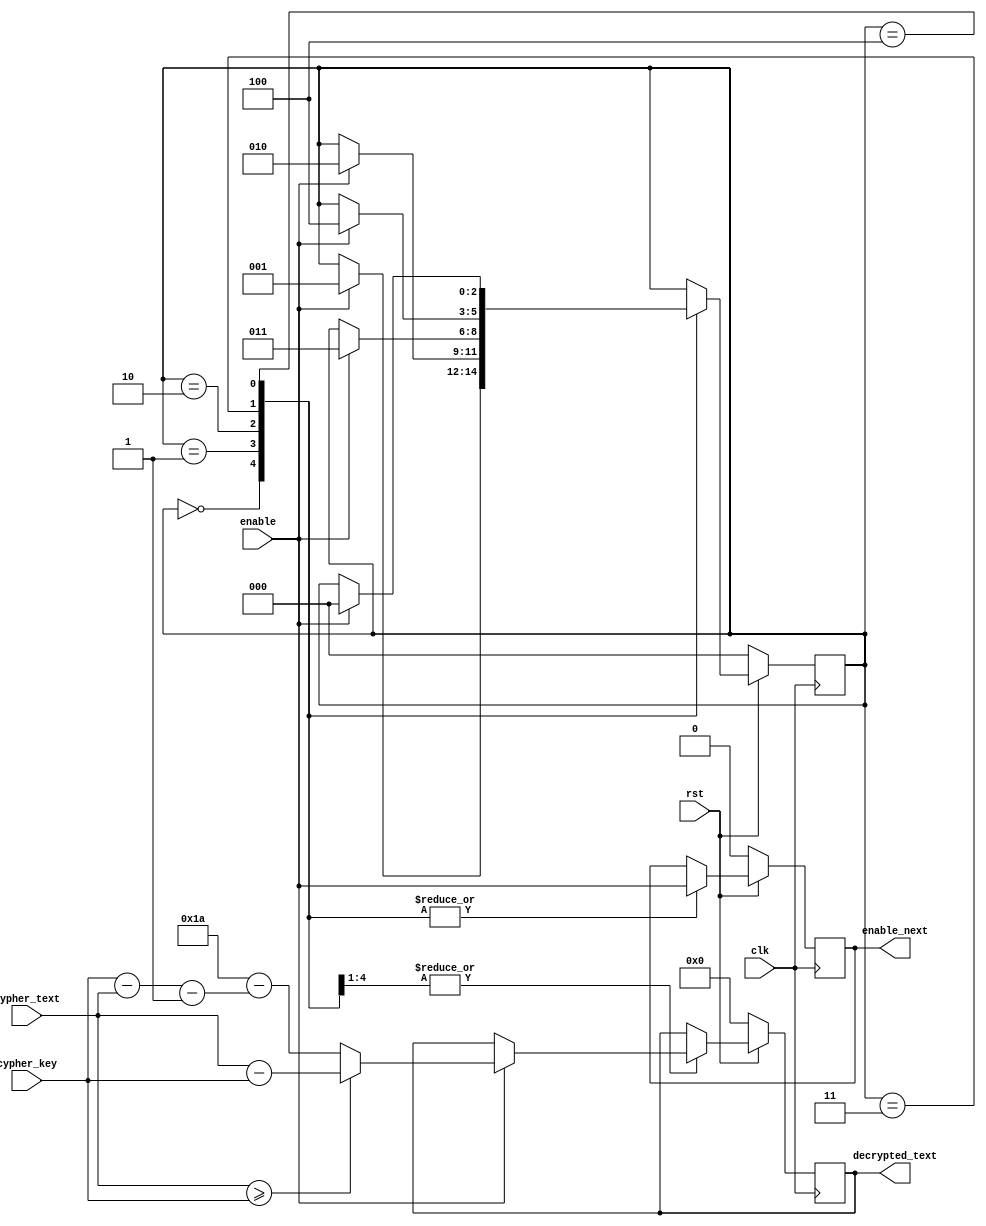
module decryption_module (
    // sequential logic vars
    rst, clk, 
    // loading user values vars
    enable, cypher_text, cypher_key, 
    // output to decoder
    enable_next, decrypted_text);
    
    // input vars
    input rst, clk, enable; // 1-bit
    input [4:0] cypher_text, cypher_key; // 5-bit

    // output vars
    output reg [4:0] decrypted_text; // 5-bit
    output reg enable_next; // 1-bit
    
    // helper vars
    reg [2:0] state; // 3-bit
    parameter state_load_l1 = 3'b000, state_load_l2 = 3'b001;
    parameter state_load_l3 = 3'b010, state_load_l4 = 3'b011;
    parameter state_fully_loaded = 3'b100;


    always @(posedge clk) begin
	// When reset button is pressed
        if(rst == 0) begin
            state <= state_load_l1; // Go to first state
            decrypted_text <= 0;  // decrypted text hasn't been generated
            enable_next <= 0; // letter hasn't been decrypted
        end
	// When reset button is not pressed
        else begin
            case (state)
		// First Character
                state_load_l1: begin
		    // set enable_next == enable
		    // if enable = 1, new letter has been loaded
		    // if enable = 0, letter hasn't been loaded 
                    enable_next <= enable;

		    // When letter is LOADED --> decrypt
                    if (enable == 1) begin

			// Determine Decrypted Text based on cypher text and key comparison
                        if( cypher_text >= cypher_key) begin
                            decrypted_text <= cypher_text - cypher_key;
                        end
                        else begin
                            decrypted_text <= (5'b11010 - (cypher_key - cypher_text - 1));
                        end

			// Go to next state
                        state <= state_load_l2;
                    end
                end
		// Second Character
                state_load_l2: begin
		    // set enable_next == enable
		    // if enable = 1, new letter has been loaded
		    // if enable = 0, letter hasn't been loaded 
                    enable_next <= enable;

                    // When letter is LOADED --> decrypt
                    if (enable == 1) begin

			// Determine Decrypted Text based on cypher text and key comparison
                        if( cypher_text >= cypher_key) begin
                            decrypted_text <= cypher_text - cypher_key;
                        end
                        else begin
                            decrypted_text <= (5'b11010 - (cypher_key - cypher_text - 1));
                        end

			// Go to next state
                        state <= state_load_l3;
                    end
                end
		// Third Character
                state_load_l3: begin
		    // set enable_next == enable
		    // if enable = 1, new letter has been loaded
		    // if enable = 0, letter hasn't been loaded 
                    enable_next <= enable;
                   
                    // When letter is LOADED --> decrypt
                    if (enable == 1) begin

			// Determine Decrypted Text based on cypher text and key comparison
                        if( cypher_text >= cypher_key) begin
                            decrypted_text <= cypher_text - cypher_key;
                        end
                        else begin
                            decrypted_text <= (5'b11010 - (cypher_key - cypher_text - 1));
                        end
                        
			// Go to next state
                        state <= state_load_l4;
                    end
                end
		// Fourth Character
                state_load_l4: begin
		    // set enable_next == enable
		    // if enable = 1, new letter has been loaded
		    // if enable = 0, letter hasn't been loaded 
                    enable_next <= enable;
                                       
                    // When letter is LOADED --> decrypt
                    if (enable == 1) begin

			// Determine Decrypted Text based on cypher text and key comparison
                        if( cypher_text >= cypher_key) begin
                            decrypted_text <= cypher_text - cypher_key;
                        end
                        else begin
                            decrypted_text <= (5'b11010 - (cypher_key - cypher_text - 1));
                        end
                        
			// Go to next state
                        state <= state_fully_loaded;
                    end
                end
		// All Four Characters Inputted
                state_fully_loaded: begin
		    // set enable_next == enable
		    // if enable = 1, new letter has been loaded
		    // if enable = 0, letter hasn't been loaded 
                    enable_next <= enable;
                    
		    // When enable = 1, new letter is inputted --> start all over from beginning to first char
                    if (enable == 1) begin
                        state <= state_load_l1;
                    end
                end
            endcase
        end
    end
endmodule